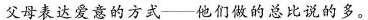
父母表达爱意的方式——他们做的总比说的多。